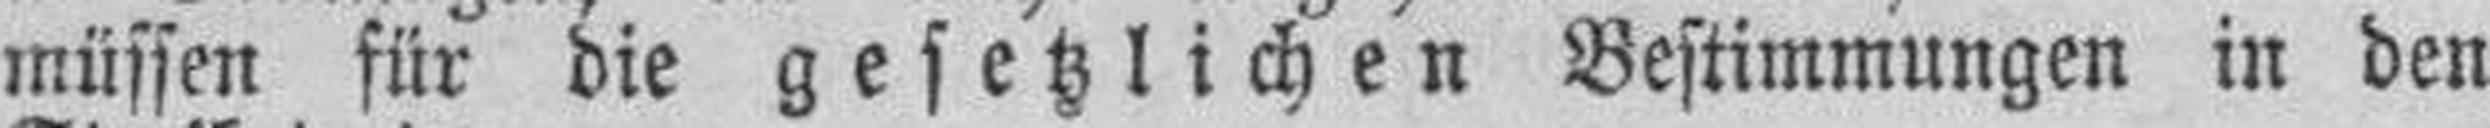
müssen für die gesetzlichen Bestimmungen in den